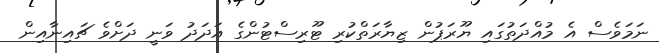
ނަމަވެސް އެ މުއްދަތުގައި ޔޫރަޕުން ޒިޔާރަތްކުރި ޓޫރިސްޓުންގެ އަދަދު ވަނީ ދަށްވެ ޗައިނާއިން